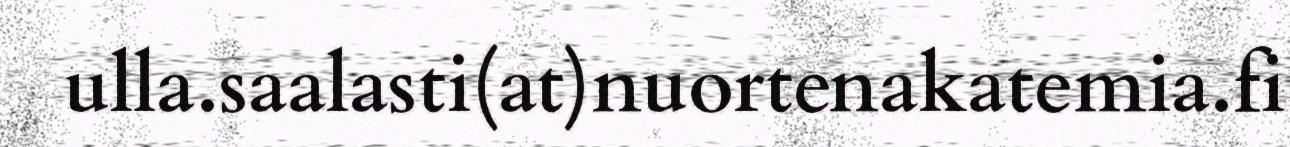
ulla.saalasti(at)nuortenakatemia.fi